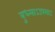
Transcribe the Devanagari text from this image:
बुध्न्याऽउपमाऽ